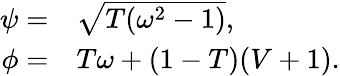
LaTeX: \begin{array}{rl}{\psi=}&{{}\sqrt{T(\omega^{2}-1)},}\\ {\phi=}&{{}T\omega+(1-T)(V+1).}\end{array}